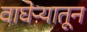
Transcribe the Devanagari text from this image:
वाघेऱ्यातून